Annual statistical returns and brief notes on vaccination in Bengal - 1909-1929
Year: 1909
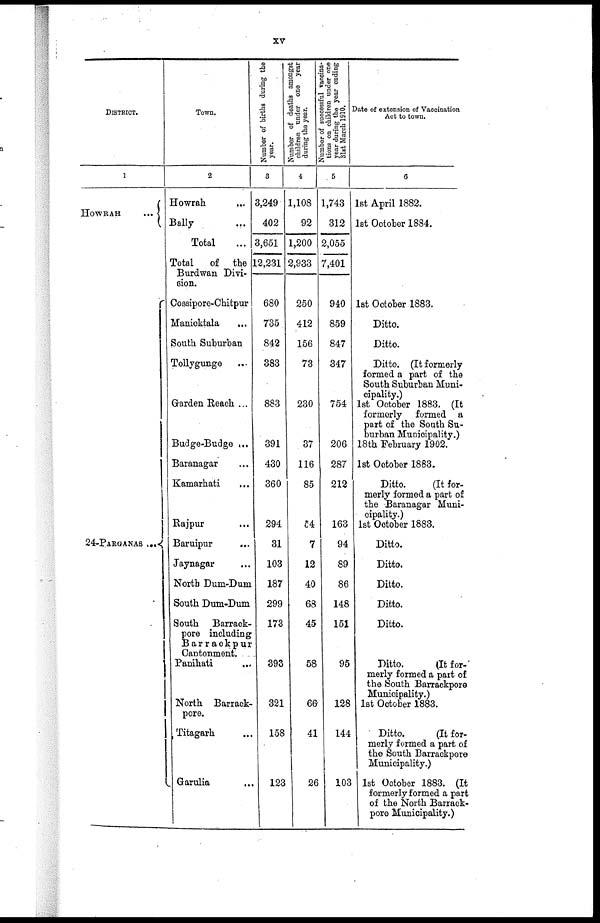
xv
DISTRICT.
1
HOWRAH...
24-PARGANAS...
Town.
2
Howrah...
...
Bally...
...
Total...
Total
of the
Burdwan Divi-
sion.
Cossipore-Chitpur
Manicktala...
South Suburban...
Tollygunge...
Garden Reach ... ...
Budge-Budge ...
Baranagar... ...
Kamarhati... ...
Rajpur... ...
Baruipur...
...
Jaynagar... ...
North Dum-Dum... ...
South Dum-Dum... ...
South Barrack-
pore including
Barrackpur
Cantonment. ...
Panihati... ...
North Barrack-
pore.
Titagarh... ...
Garulia... ...
Number of births during the
year.
3
3,249
402
3,651
12,231
680
735
842
383
883
391
430
360
294
31
103
187
299
173
393
321
158
123
Number of deaths amongst
children under one year
during the year.
4
1,108
92
1,200
2,933
250
412
156
73
230
37
116
85
54
7
12
40
68
45
58
66
41
26
Number of successful vaccina-
tions on children under one
year during the year ending
31st March 1910.
5
1,743
312
2,055
7,401
940
859
847
347
754
206
287
212
163
94
89
86
148
151
95
128
144
103
Date of extension of Vaccination
Act to town.
6
1st April 1882.
1st October 1884.
1st October 1883.
Ditto.
Ditto.
Ditto. (It formerly
formed a part of the
South Suburban Muni-
cipality.)
1st October 1883. (It
formerly formed a
part of the South Su-
burban Municipality.)
18th February 1902.
1st October 1863.
Ditto.
(It for-
merly formed a part of
the Baranagar Muni-
cipality.)
1st October 1883.
Ditto.
Ditto.
Ditto.
Ditto.
Ditto.
Ditto.
(It for-
merly formed a part of
the South Barrackpore
Municipality.)
1st October 1883.
Ditto.
(It for-
merly formed a part of
the South Barrackpore
Municipality.)
1st October 1883. (It
formerly formed a part
of the North Barrack-
pore Municipality.)